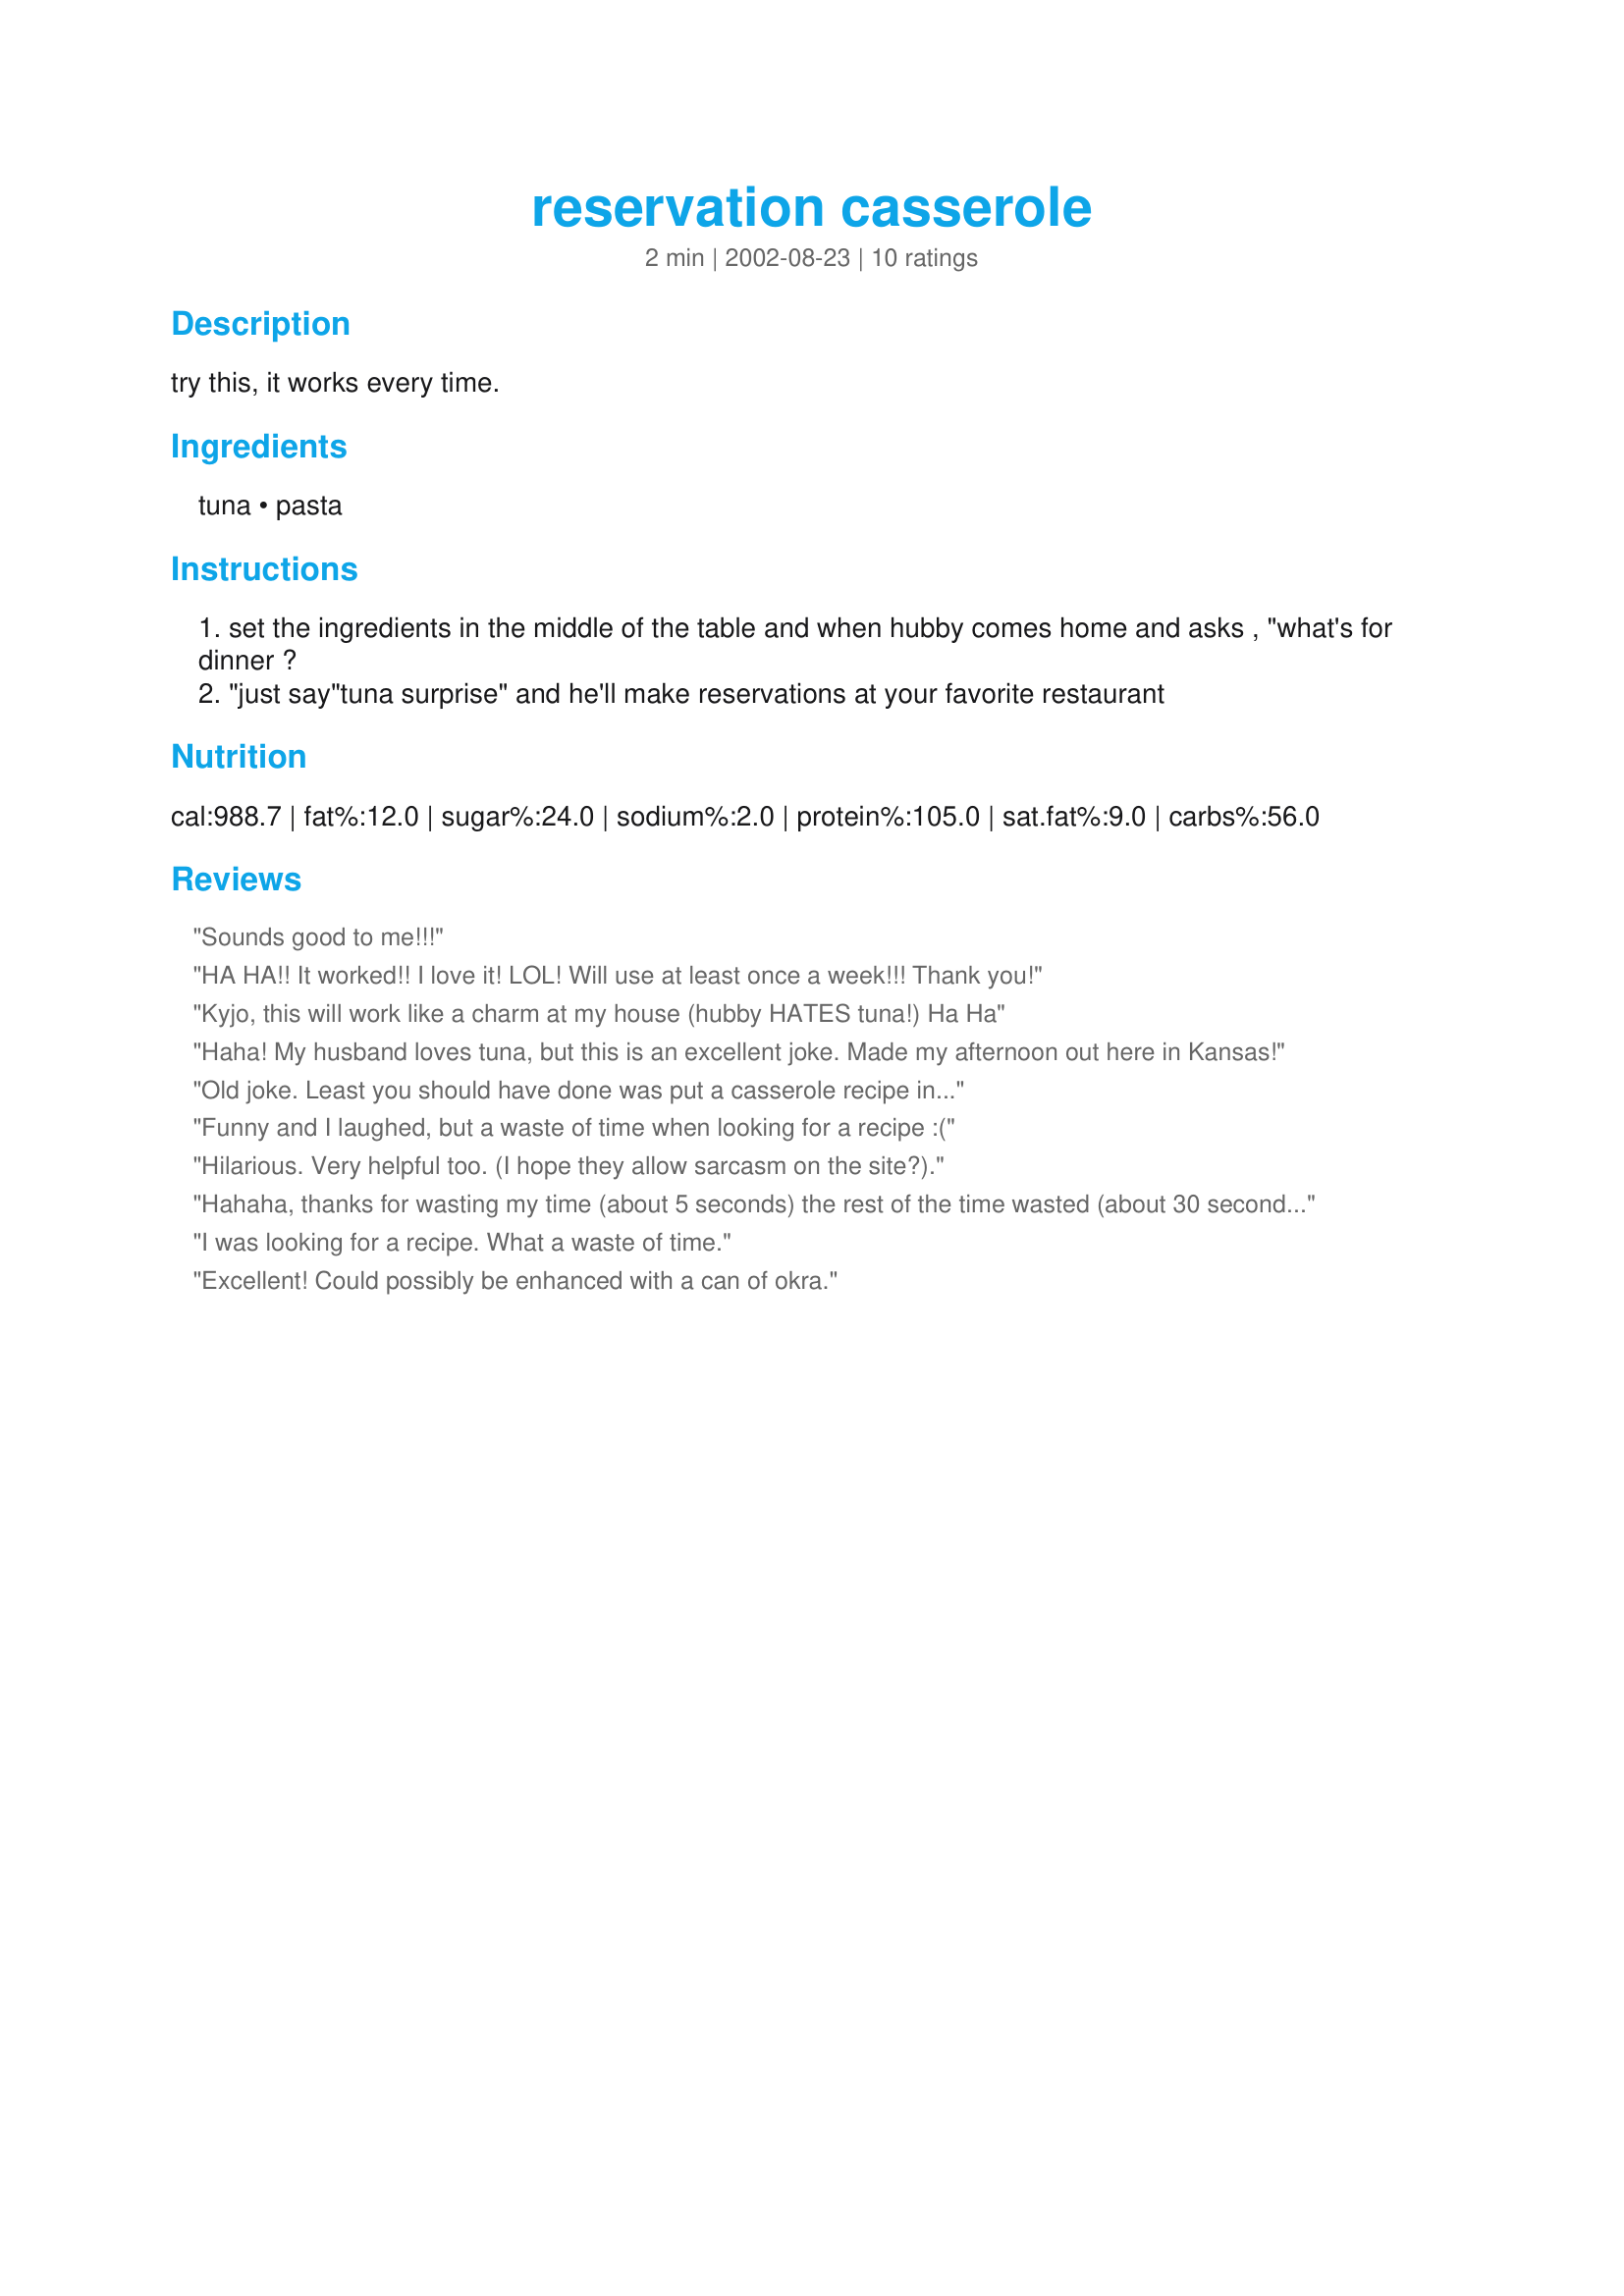
reservation casserole
Preparation time: 2 minutes

try this, it works every time.

Ingredients:
tuna, pasta

Steps:
set the ingredients in the middle of the table and when hubby comes home and asks , "what's for dinner ?
"just say"tuna surprise" and he'll make reservations at your favorite restaurant

Reviews:
Sounds good to me!!!
HA HA!! It worked!! I love it! LOL! Will use at least once a week!!! Thank you!
Kyjo, this will work like a charm at my house (hubby HATES tuna!) Ha Ha
Haha! My husband loves tuna, but this is an excellent joke. Made my afternoon out here in Kansas!
Old joke. Least you should have done was put a casserole recipe in...
Funny and I laughed, but a waste of time when looking for a recipe :(
Hilarious. Very helpful too.

(I hope they allow sarcasm on the site?).
Hahaha, thanks for wasting my time (about 5 seconds) the rest of the time wasted (about 30 seconds) was on me, as I decided to look at all the other reviews. Just a hoot!
I was looking for a recipe. What a waste of time.
Excellent! Could possibly be enhanced with a can of okra.
